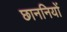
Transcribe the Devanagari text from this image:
छाननियों